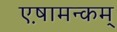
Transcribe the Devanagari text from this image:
एष़ामन्कम्